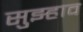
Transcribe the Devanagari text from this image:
सुझ्हाव